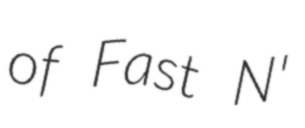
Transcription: of Fast N'